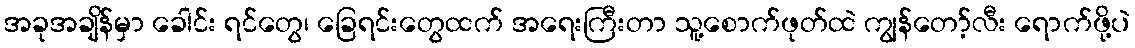
အခုအချိန်မှာ ခေါင်း ရင်တွေ၊ ခြေရင်းတွေထက် အရေးကြီးတာ သူ့စောက်ဖုတ်ထဲ ကျွန်တော့်လီး ရောက်ဖို့ပဲ